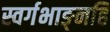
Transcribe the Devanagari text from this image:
स्वर्गभाङ्नहि